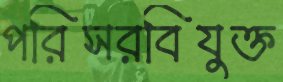
পরিসরবিযুক্ত